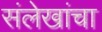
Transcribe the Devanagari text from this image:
संलेखांचा